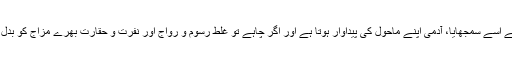
چند دن وہ بڑی کشمکش یعنی شناختی بحران میں مبتلا رہا، پھر اُس کی بیوی ’’سُچاریتا‘‘ نے اُسے سمجھایا، آدمی اپنے ماحول کی پیداوار ہوتا ہے اور اگر چاہے تو غلط رسوم و رواج اور نفرت و حقارت بھرے مزاج کو بدل بھی سکتا ہے. جس کے بعد وہ کشٹ کر کے ایک نارمل زندگی گزارنا شروع کر دیتا ہے۔